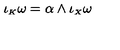
\iota _ { \scriptscriptstyle K } \omega = \alpha \wedge \iota _ { \scriptscriptstyle X } \omega